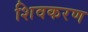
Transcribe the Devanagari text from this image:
शिवकरण